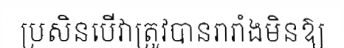
ប្រសិនបើវាត្រូវបានរារាំងមិនឱ្យ